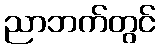
ညာဘက်တွင်